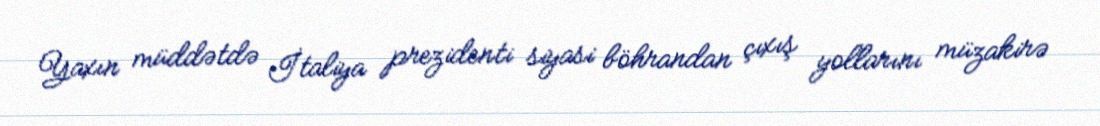
Yaxın müddətdə İtaliya prezidenti siyasi böhrandan çıxış yollarını müzakirə